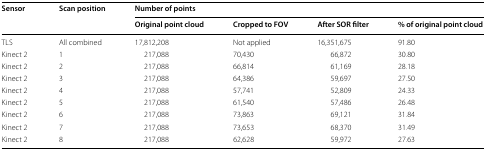
| <ROWSPAN=2> Sensor | <ROWSPAN=2> Scan position | <COLSPAN=4> Number of points |
 | Original point cloud | Cropped to FOV | After SOR filter | % of original point cloud |
 | --- | --- | --- | --- | --- | --- |
 | TLS | All combined | 17,812,208 | Not applied | 16,351,675 | 91.80 |
 | Kinect 2 | 1 | 217,088 | 70,430 | 66,872 | 30.80 |
 | Kinect 2 | 2 | 217,088 | 66,814 | 61,169 | 28.18 |
 | Kinect 2 | 3 | 217,088 | 64,386 | 59,697 | 27.50 |
 | Kinect 2 | 4 | 217,088 | 57,741 | 52,809 | 24.33 |
 | Kinect 2 | 5 | 217,088 | 61,540 | 57,486 | 26.48 |
 | Kinect 2 | 6 | 217,088 | 73,863 | 69,121 | 31.84 |
 | Kinect 2 | 7 | 217,088 | 73,653 | 68,370 | 31.49 |
 | Kinect 2 | 8 | 217,088 | 62,628 | 59,972 | 27.63 |